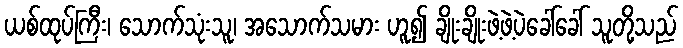
ယစ်ထုပ်ကြီး၊ သောက်သုံးသူ၊ အသောက်သမား ဟူ၍ ချိုးချိုးဖဲ့ဖဲ့ပဲခေါ်ခေါ် သူတို့သည်